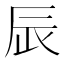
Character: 𨑄